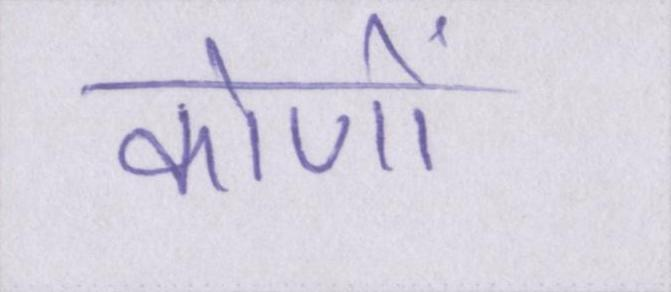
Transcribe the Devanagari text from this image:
कोणों